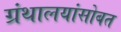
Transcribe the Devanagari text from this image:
ग्रंथालयांसोबत